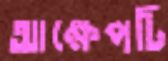
আক্ষেপটি